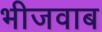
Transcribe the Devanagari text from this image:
भीजवाब